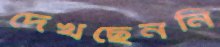
দেখছেননি